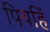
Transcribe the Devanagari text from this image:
पियहिं